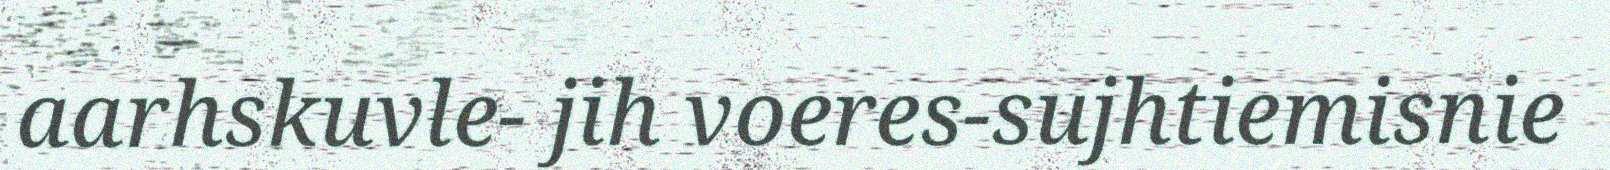
aarhskuvle- jih voeres-sujhtiemisnie